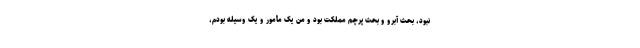
نبود، بحث آبرو و بحث پرچم مملکت بود و من یک مأمور و یک وسیله بودم،